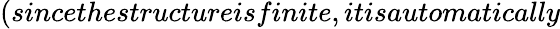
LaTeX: (sincethestructureisfinite,itisautomatically